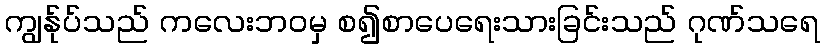
ကျွန်ုပ်သည် ကလေးဘဝမှ စ၍စာပေရေးသားခြင်းသည် ဂုဏ်သရေ